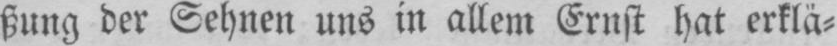
ßung der Sehnen uns in allem Ernst hat erklä⸗